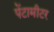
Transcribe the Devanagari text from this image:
पेंटामीटर